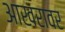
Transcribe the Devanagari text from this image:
आखरावर